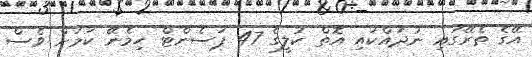
އޭގެ ތެރޭގައި ނުދައްކައި އޮތް ކުލީގެ 47 ޕަސެންޓް ހިމެނޭ ކަމަށް ވެސް